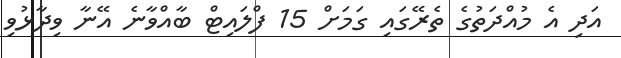
އަދި އެ މުއްދަތުގެ ތެރޭގައި ގަމަށް 15 ފްލައިޓް ބާއްވާނެ އޭނާ ވިދާޅުވި